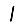
Digit: 1